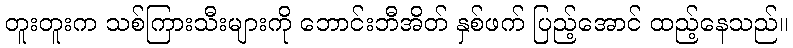
တူးတူးက သစ်ကြားသီးများကို ဘောင်းဘီအိတ် နှစ်ဖက် ပြည့်အောင် ထည့်နေသည်။